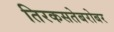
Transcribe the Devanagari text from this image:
तिरकसतेबरोबर